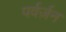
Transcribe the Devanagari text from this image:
पर्वर्ज़न